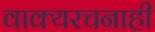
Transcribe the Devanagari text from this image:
वाक्यरचनाही